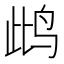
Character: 𲍵